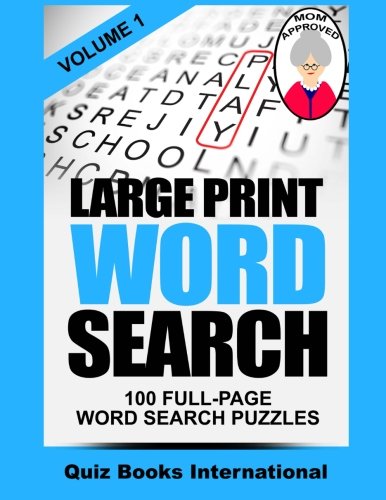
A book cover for Large Print Word Search Volume 1; Quiz Books International; Humor & Entertainment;